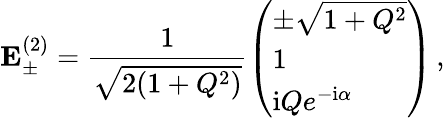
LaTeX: \mathbf{E}_{\pm}^{(2)}=\frac{1}{\sqrt{2(1+Q^{2})}}\left(\begin{array}{l}{\pm\sqrt{1+Q^{2}}}\\ {1}\\ {\mathrm{i}Qe^{\mathrm{-i}\alpha}}\end{array}\right)\, ,